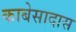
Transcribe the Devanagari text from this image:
काबेसादास